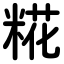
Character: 糀